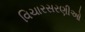
વિચારસરણીઓ